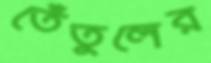
তেঁতুলের